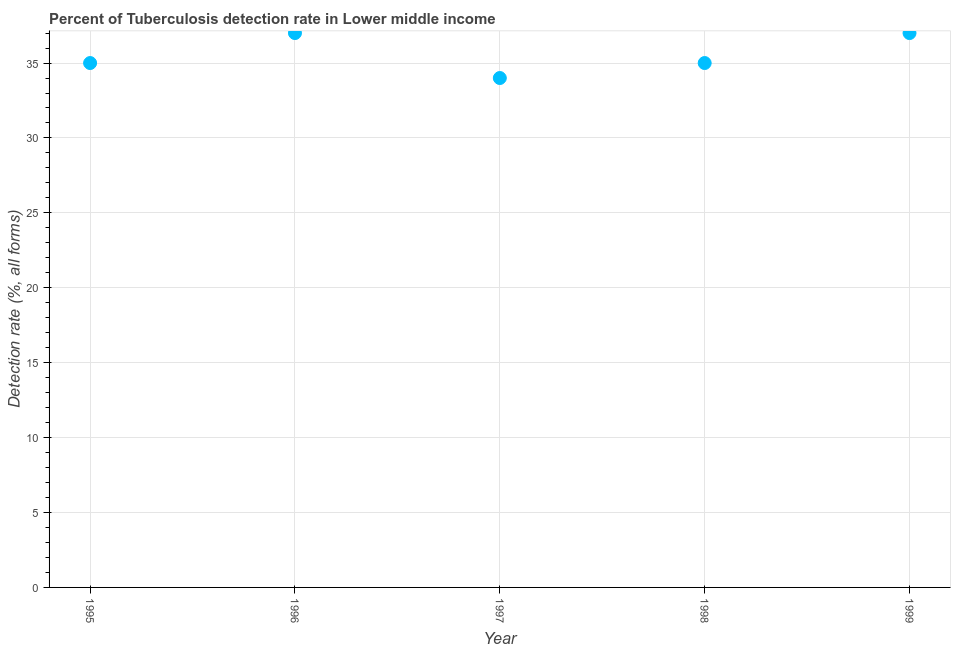
| Year | Tuberculosis case detection rate |
 | --- | --- |
 | 1995 | 35 |
 | 1996 | 37 |
 | 1997 | 34 |
 | 1998 | 35 |
 | 1999 | 37 |